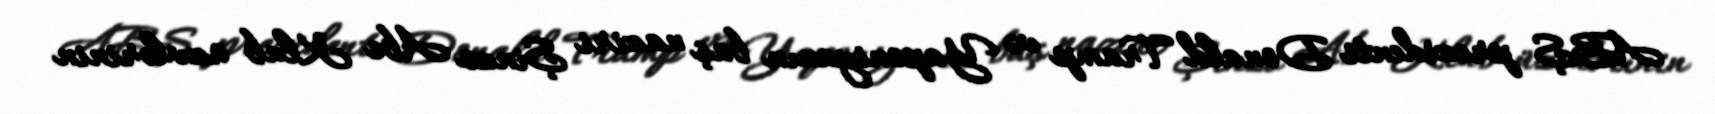
ABŞ prezidenti Donald Tramp və Yaponiyanın baş naziri Şinzo Abe Klub üzvlərinin